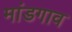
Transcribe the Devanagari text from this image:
मांडगाव